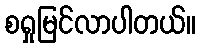
စရှုမြင်လာပါတယ်။